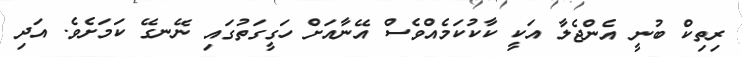
ރިތިކް ބުނީ އެންޖެލާ އަކީ ކާކުކަމެއްވެސް އޭނާއަށް ހަގީގަތުގައި ނޭނގޭ ކަމަށެވެ. އަދި